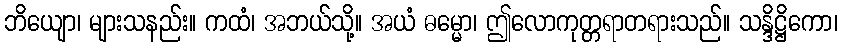
ဘိယျော၊ များသနည်း။ ကထံ၊ အဘယ်သို့။ အယံ ဓမ္မော၊ ဤလောကုတ္တရာတရားသည်။ သန္ဒိဋ္ဌိကော၊